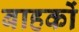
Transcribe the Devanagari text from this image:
बाहकों